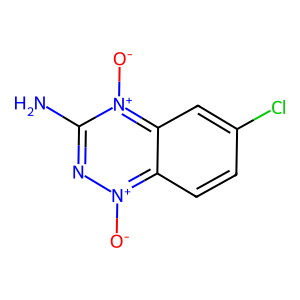
SMILES: Nc1n[n+]([O-])c2ccc(Cl)cc2[n+]1[O-]
Inhibits HIV replication: No